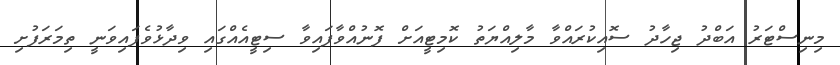
މިނިސްޓަރު އަބްދު ޖިހާދު ސޮއިކުރައްވާ މާލިއްޔަތު ކޮމިޓީއަށް ފޮނުއްވާފައިވާ ސިޓީއެއްގައި ވިދާޅުވެފައިވަނީ ތިމަރަފުށި